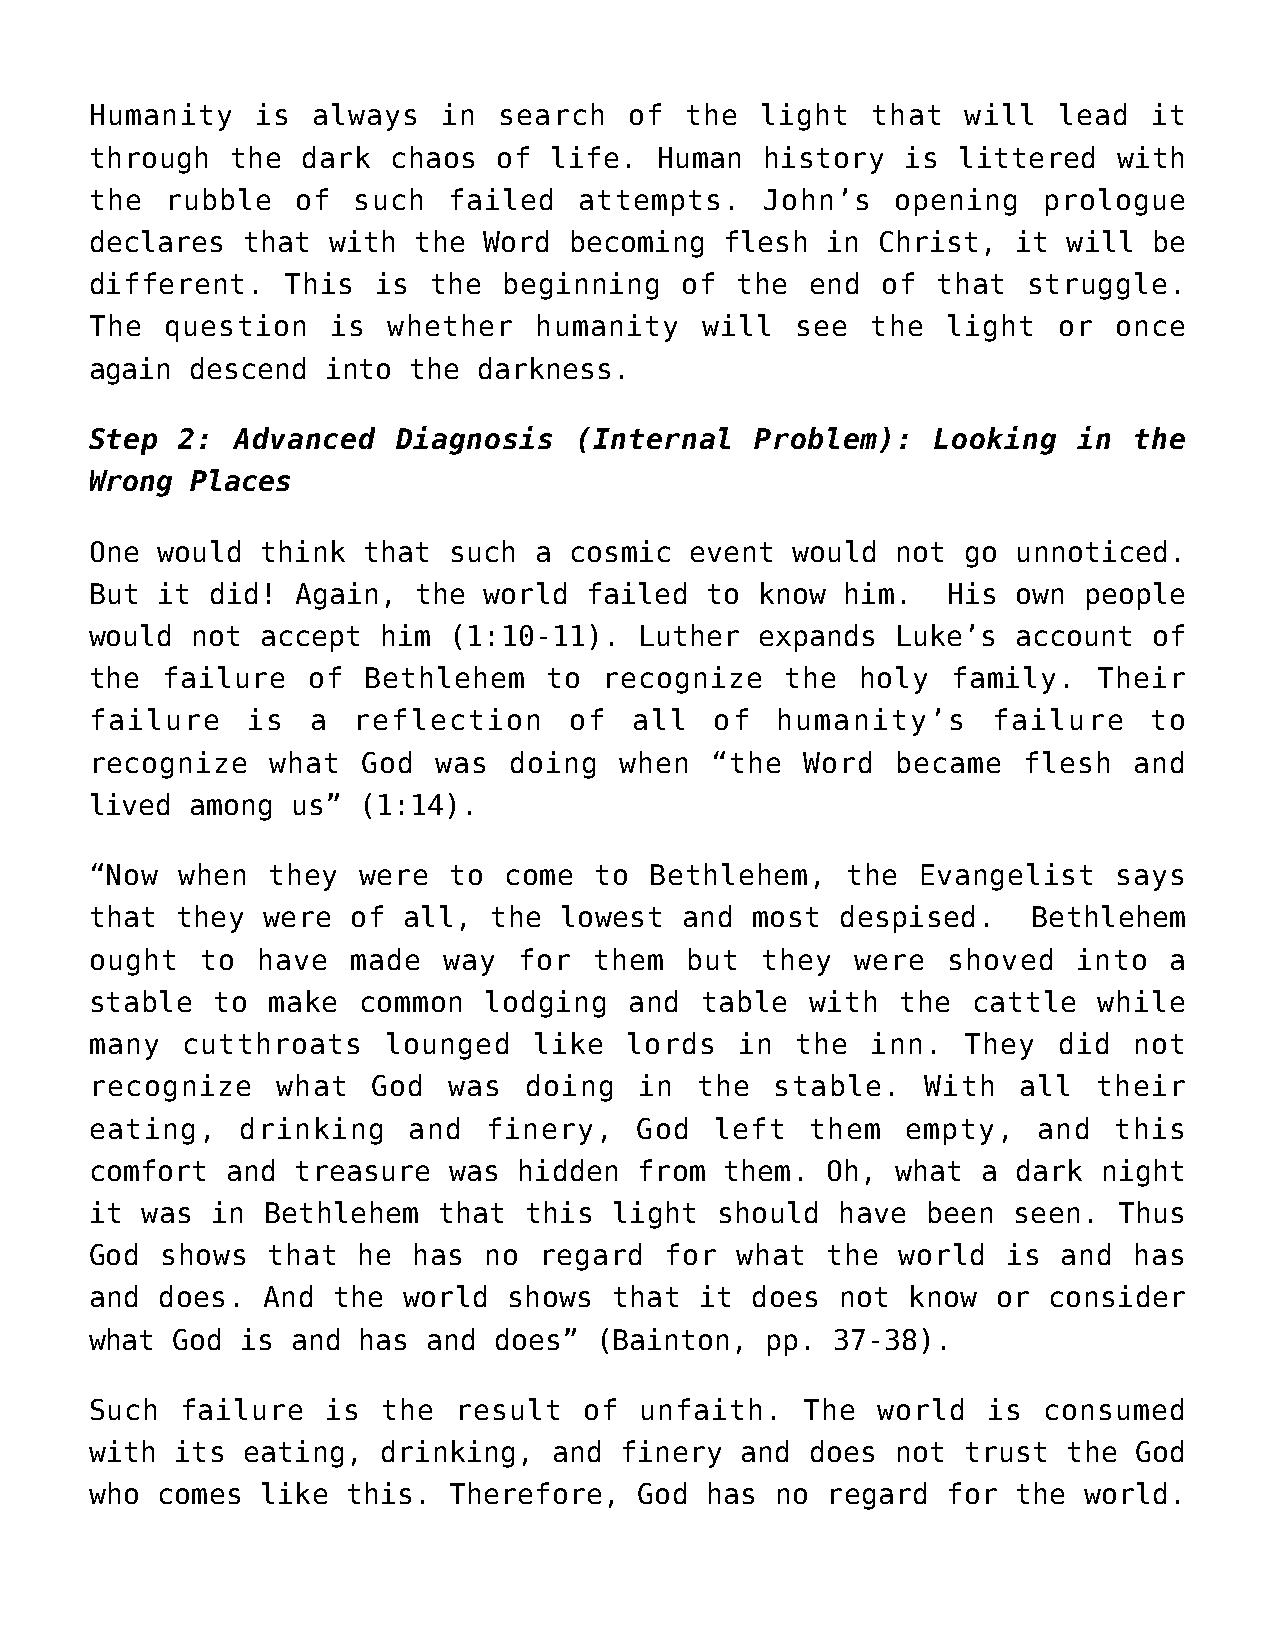
Humanity   is  always  in  search   of the  light   that  will  lead  it
 through  the  dark  chaos  of life.  Human   history  is littered   with
 the  rubble   of such   failed  attempts.    John’s  opening   prologue
 declares  that  with the  Word  becoming  flesh  in Christ,  it  will be
 different.   This  is  the beginning   of  the  end of  that  struggle.
 The  question   is  whether  humanity   will   see  the  light  or  once
 again  descend  into the  darkness.
 Step  2:  Advanced  Diagnosis   (Internal   Problem):   Looking  in  the
 Wrong  Places
 One would  think  that  such a  cosmic  event would  not  go unnoticed.
 But it  did!  Again, the  world  failed  to know  him.   His own  people
 would  not accept  him  (1:10-11).  Luther  expands  Luke’s  account  of
 the  failure  of  Bethlehem   to  recognize   the  holy  family.   Their
 failure   is  a  reflection     of  all  of  humanity’s     failure   to
 recognize   what  God  was  doing  when  “the  Word  became   flesh  and
 lived  among us”  (1:14).
 “Now  when  they  were  to come  to  Bethlehem,   the  Evangelist   says
 that  they were  of  all, the  lowest  and  most  despised.   Bethlehem
 ought  to  have  made  way  for  them  but  they   were  shoved  into  a
 stable  to  make  common  lodging   and table   with  the cattle   while
 many  cutthroats   lounged   like  lords   in  the  inn.  They  did  not
 recognize   what   God  was  doing  in  the  stable.   With  all   their
 eating,   drinking   and  finery,   God  left   them  empty,   and  this
 comfort  and treasure   was hidden  from  them.  Oh, what  a dark  night
 it was  in Bethlehem   that  this  light should   have been  seen.  Thus
 God  shows  that  he has  no  regard  for  what  the  world  is and  has
 and does.  And  the  world  shows that  it  does  not know  or consider
 what God  is and  has and  does” (Bainton,   pp. 37-38).
 Such  failure   is the  result   of unfaith.   The  world  is  consumed
 with  its eating,  drinking,   and finery  and  does not  trust  the God
 who comes  like  this.  Therefore,  God  has no  regard  for the  world.